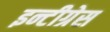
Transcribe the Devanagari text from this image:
इन्टीग्रेस